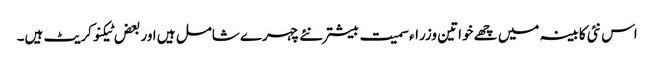
اس نئی کابینہ میں چھے خواتین وزراء سمیت بیشتر نئے چہرے شامل ہیں اور بعض ٹیکنوکریٹ ہیں۔